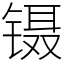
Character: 镊